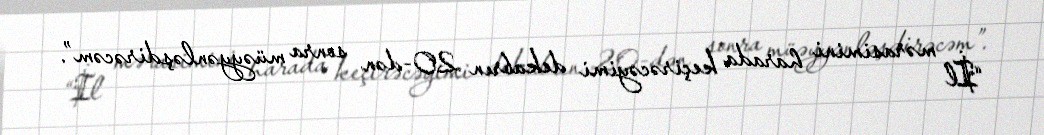
“İl mərasimini harada keçirəcəyimi dekabrın 20-dən sonra müəyyənləşdirəcəm”.